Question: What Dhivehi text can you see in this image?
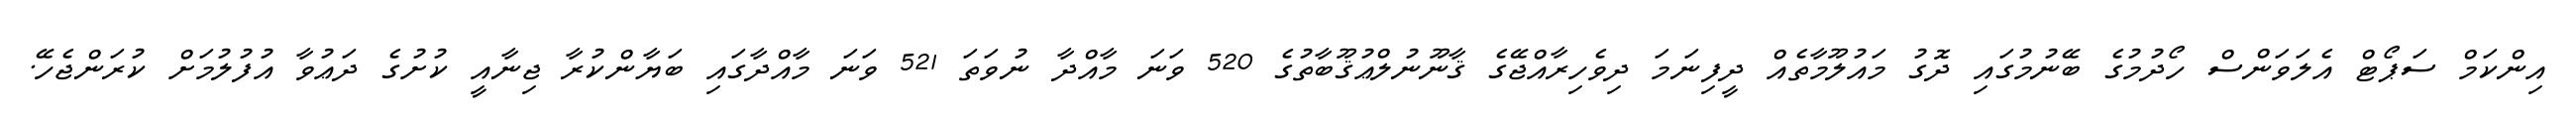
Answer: އިންކަމް ސަޕޯޓް އެލަވަންސް ހޯދުމުގެ ބޭނުމުގައި ދޮގު މައުލޫމާތެއް ދީފިނަމަ ދިވެހިރާއްޖޭގެ ޤާނޫނުލްޢުޤޫބާތުގެ 520 ވަނަ މާއްދާ ނުވަތަ 521 ވަނަ މާއްދާގައި ބަޔާންކުރާ ޖިނާއީ ކުށުގެ ދަޢުވާ އުފުލުމަށް ކުރަންޖެހޭ.